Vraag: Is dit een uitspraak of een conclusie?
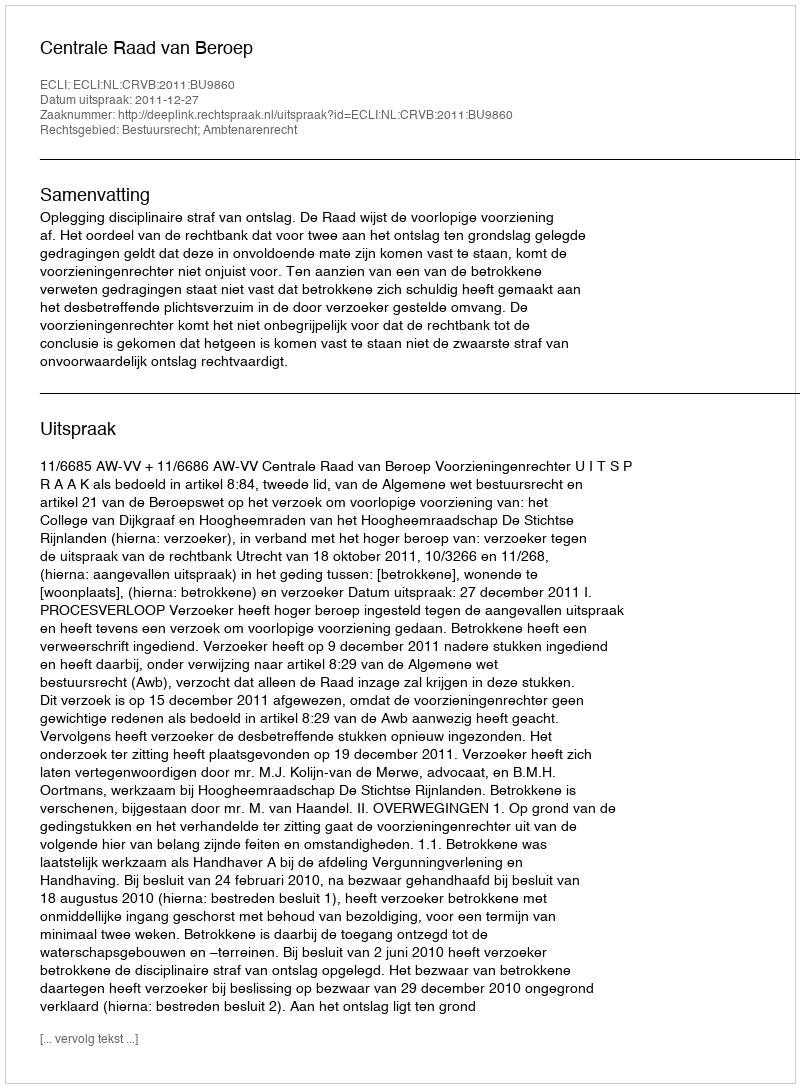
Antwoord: Uitspraak